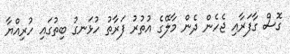
ގޮސް ގާފަރާއި ޖެހެން ދެން މާލޭގެ އުތުރު ފަރާތު ހުޅަނގު ބިތުގައި ހުރިއްޔާ